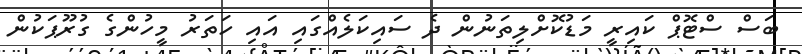
ބަސް ސްޓޮޕް ކައިރީ މަޑުކޮށްލިތަނުން ދެ ސައިކަލެއްގައި އައި ހަތަރު މީހުންގެ ގުރޫޕަކުން